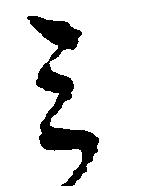
ミ